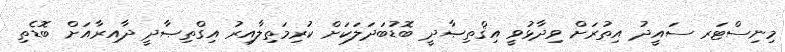
މިނިސްޓަރ ސައީދު އިތުރަށް ވިދާޅުވީ އިޤްތިޞާދީ ބޮޑުބަދަލަކަށް ކުރިމަތިލާއިރު އިގްތިޞާދީ ދާއިރާއަށް ބޮޑެތި